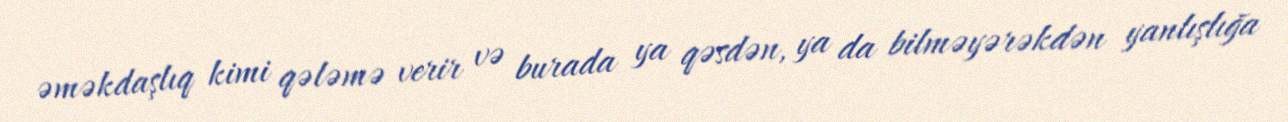
əməkdaşlıq kimi qələmə verir və burada ya qəsdən, ya da bilməyərəkdən yanlışlığa